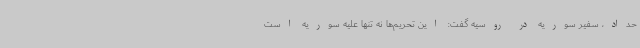
حداد، سفیر سوریه در روسیه گفت: این تحریم‌ها نه تنها علیه سوریه است